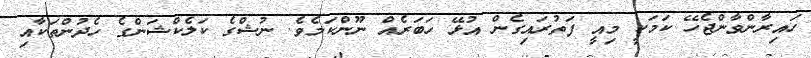
ހައިރާންވާންޖެހޭ ކަމަކީ މިއީ ފަތުރައިގެން އުޅޭ ހަބަރެއް ނޫންކަމެވެ. ނުޝްގެ ކަލެކްޝަންގެ ހެދުންތަކާއި